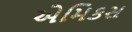
એમિકસ